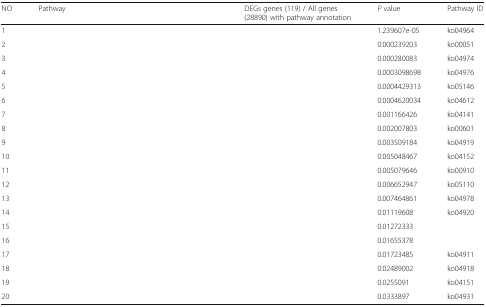
<table><thead><tr><td><b>NO</b></td><td><b>Pathway</b></td><td><b>DEGs genes (119) / All genes (28890) with pathway annotation</b></td><td><b><i>P</i> value</b></td><td><b>Pathway ID</b></td></tr></thead><tbody><tr><td>1</td><td>[EMPTY_CELL]</td><td>[EMPTY_CELL]</td><td>1.239607e-05</td><td>ko04964</td></tr><tr><td>2</td><td>[EMPTY_CELL]</td><td>[EMPTY_CELL]</td><td>0.000239203</td><td>ko00051</td></tr><tr><td>3</td><td>[EMPTY_CELL]</td><td>[EMPTY_CELL]</td><td>0.000280083</td><td>ko04974</td></tr><tr><td>4</td><td>[EMPTY_CELL]</td><td>[EMPTY_CELL]</td><td>0.0003098698</td><td>ko04976</td></tr><tr><td>5</td><td>[EMPTY_CELL]</td><td>[EMPTY_CELL]</td><td>0.0004429313</td><td>ko05146</td></tr><tr><td>6</td><td>[EMPTY_CELL]</td><td>[EMPTY_CELL]</td><td>0.0004620034</td><td>ko04612</td></tr><tr><td>7</td><td>[EMPTY_CELL]</td><td>[EMPTY_CELL]</td><td>0.001166426</td><td>ko04141</td></tr><tr><td>8</td><td>[EMPTY_CELL]</td><td>[EMPTY_CELL]</td><td>0.002007803</td><td>ko00601</td></tr><tr><td>9</td><td>[EMPTY_CELL]</td><td>[EMPTY_CELL]</td><td>0.003509184</td><td>ko04919</td></tr><tr><td>10</td><td>[EMPTY_CELL]</td><td>[EMPTY_CELL]</td><td>0.005048467</td><td>ko04152</td></tr><tr><td>11</td><td>[EMPTY_CELL]</td><td>[EMPTY_CELL]</td><td>0.005079646</td><td>ko00910</td></tr><tr><td>12</td><td>[EMPTY_CELL]</td><td>[EMPTY_CELL]</td><td>0.006652947</td><td>ko05110</td></tr><tr><td>13</td><td>[EMPTY_CELL]</td><td>[EMPTY_CELL]</td><td>0.007464861</td><td>ko04978</td></tr><tr><td>14</td><td>[EMPTY_CELL]</td><td>[EMPTY_CELL]</td><td>0.01119608</td><td>ko04920</td></tr><tr><td>15</td><td>[EMPTY_CELL]</td><td>[EMPTY_CELL]</td><td>0.01272333</td><td>[EMPTY_CELL]</td></tr><tr><td>16</td><td>[EMPTY_CELL]</td><td>[EMPTY_CELL]</td><td>0.01655378</td><td>[EMPTY_CELL]</td></tr><tr><td>17</td><td>[EMPTY_CELL]</td><td>[EMPTY_CELL]</td><td>0.01723485</td><td>ko04911</td></tr><tr><td>18</td><td>[EMPTY_CELL]</td><td>[EMPTY_CELL]</td><td>0.02489002</td><td>ko04918</td></tr><tr><td>19</td><td>[EMPTY_CELL]</td><td>[EMPTY_CELL]</td><td>0.0255091</td><td>ko04151</td></tr><tr><td>20</td><td>[EMPTY_CELL]</td><td>[EMPTY_CELL]</td><td>0.0333897</td><td>ko04931</td></tr></tbody></table>